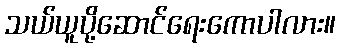
သယ်ယူပို့ဆောင်ရေးကောပါလား။